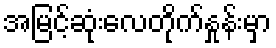
အမြင့်ဆုံးလေတိုက်နှုန်းမှာ